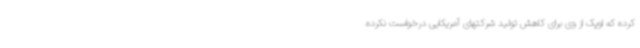
کرده که اوپک از وی برای کاهش تولید شرکتهای آمریکایی درخواست نکرده